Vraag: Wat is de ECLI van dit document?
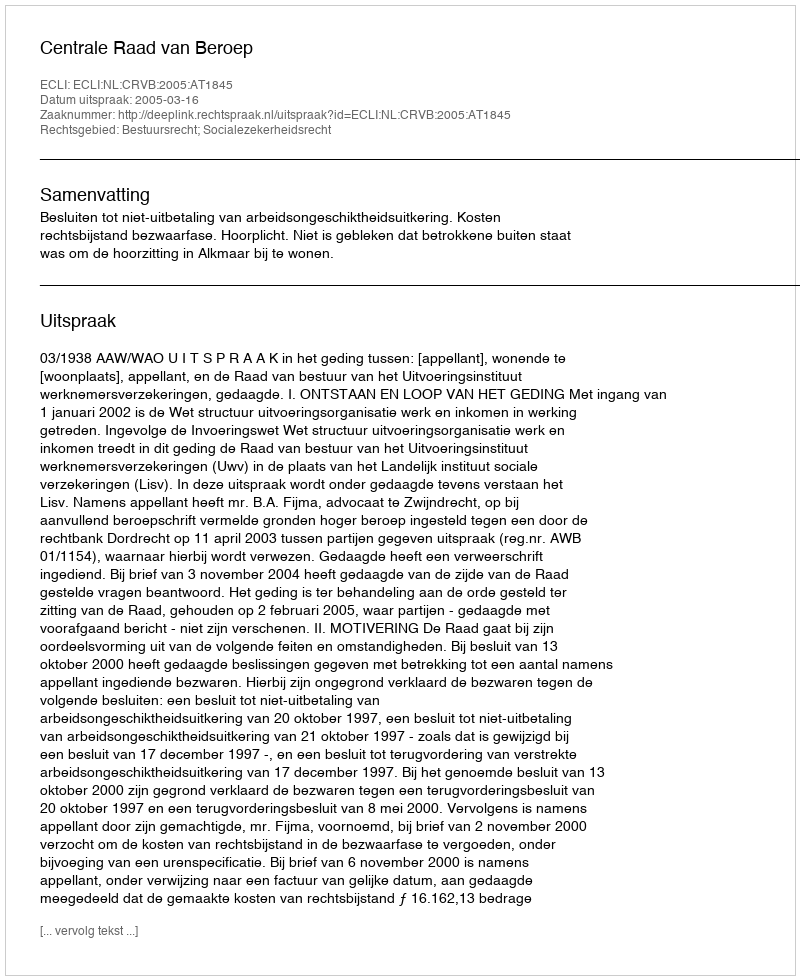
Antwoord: ECLI:NL:CRVB:2005:AT1845